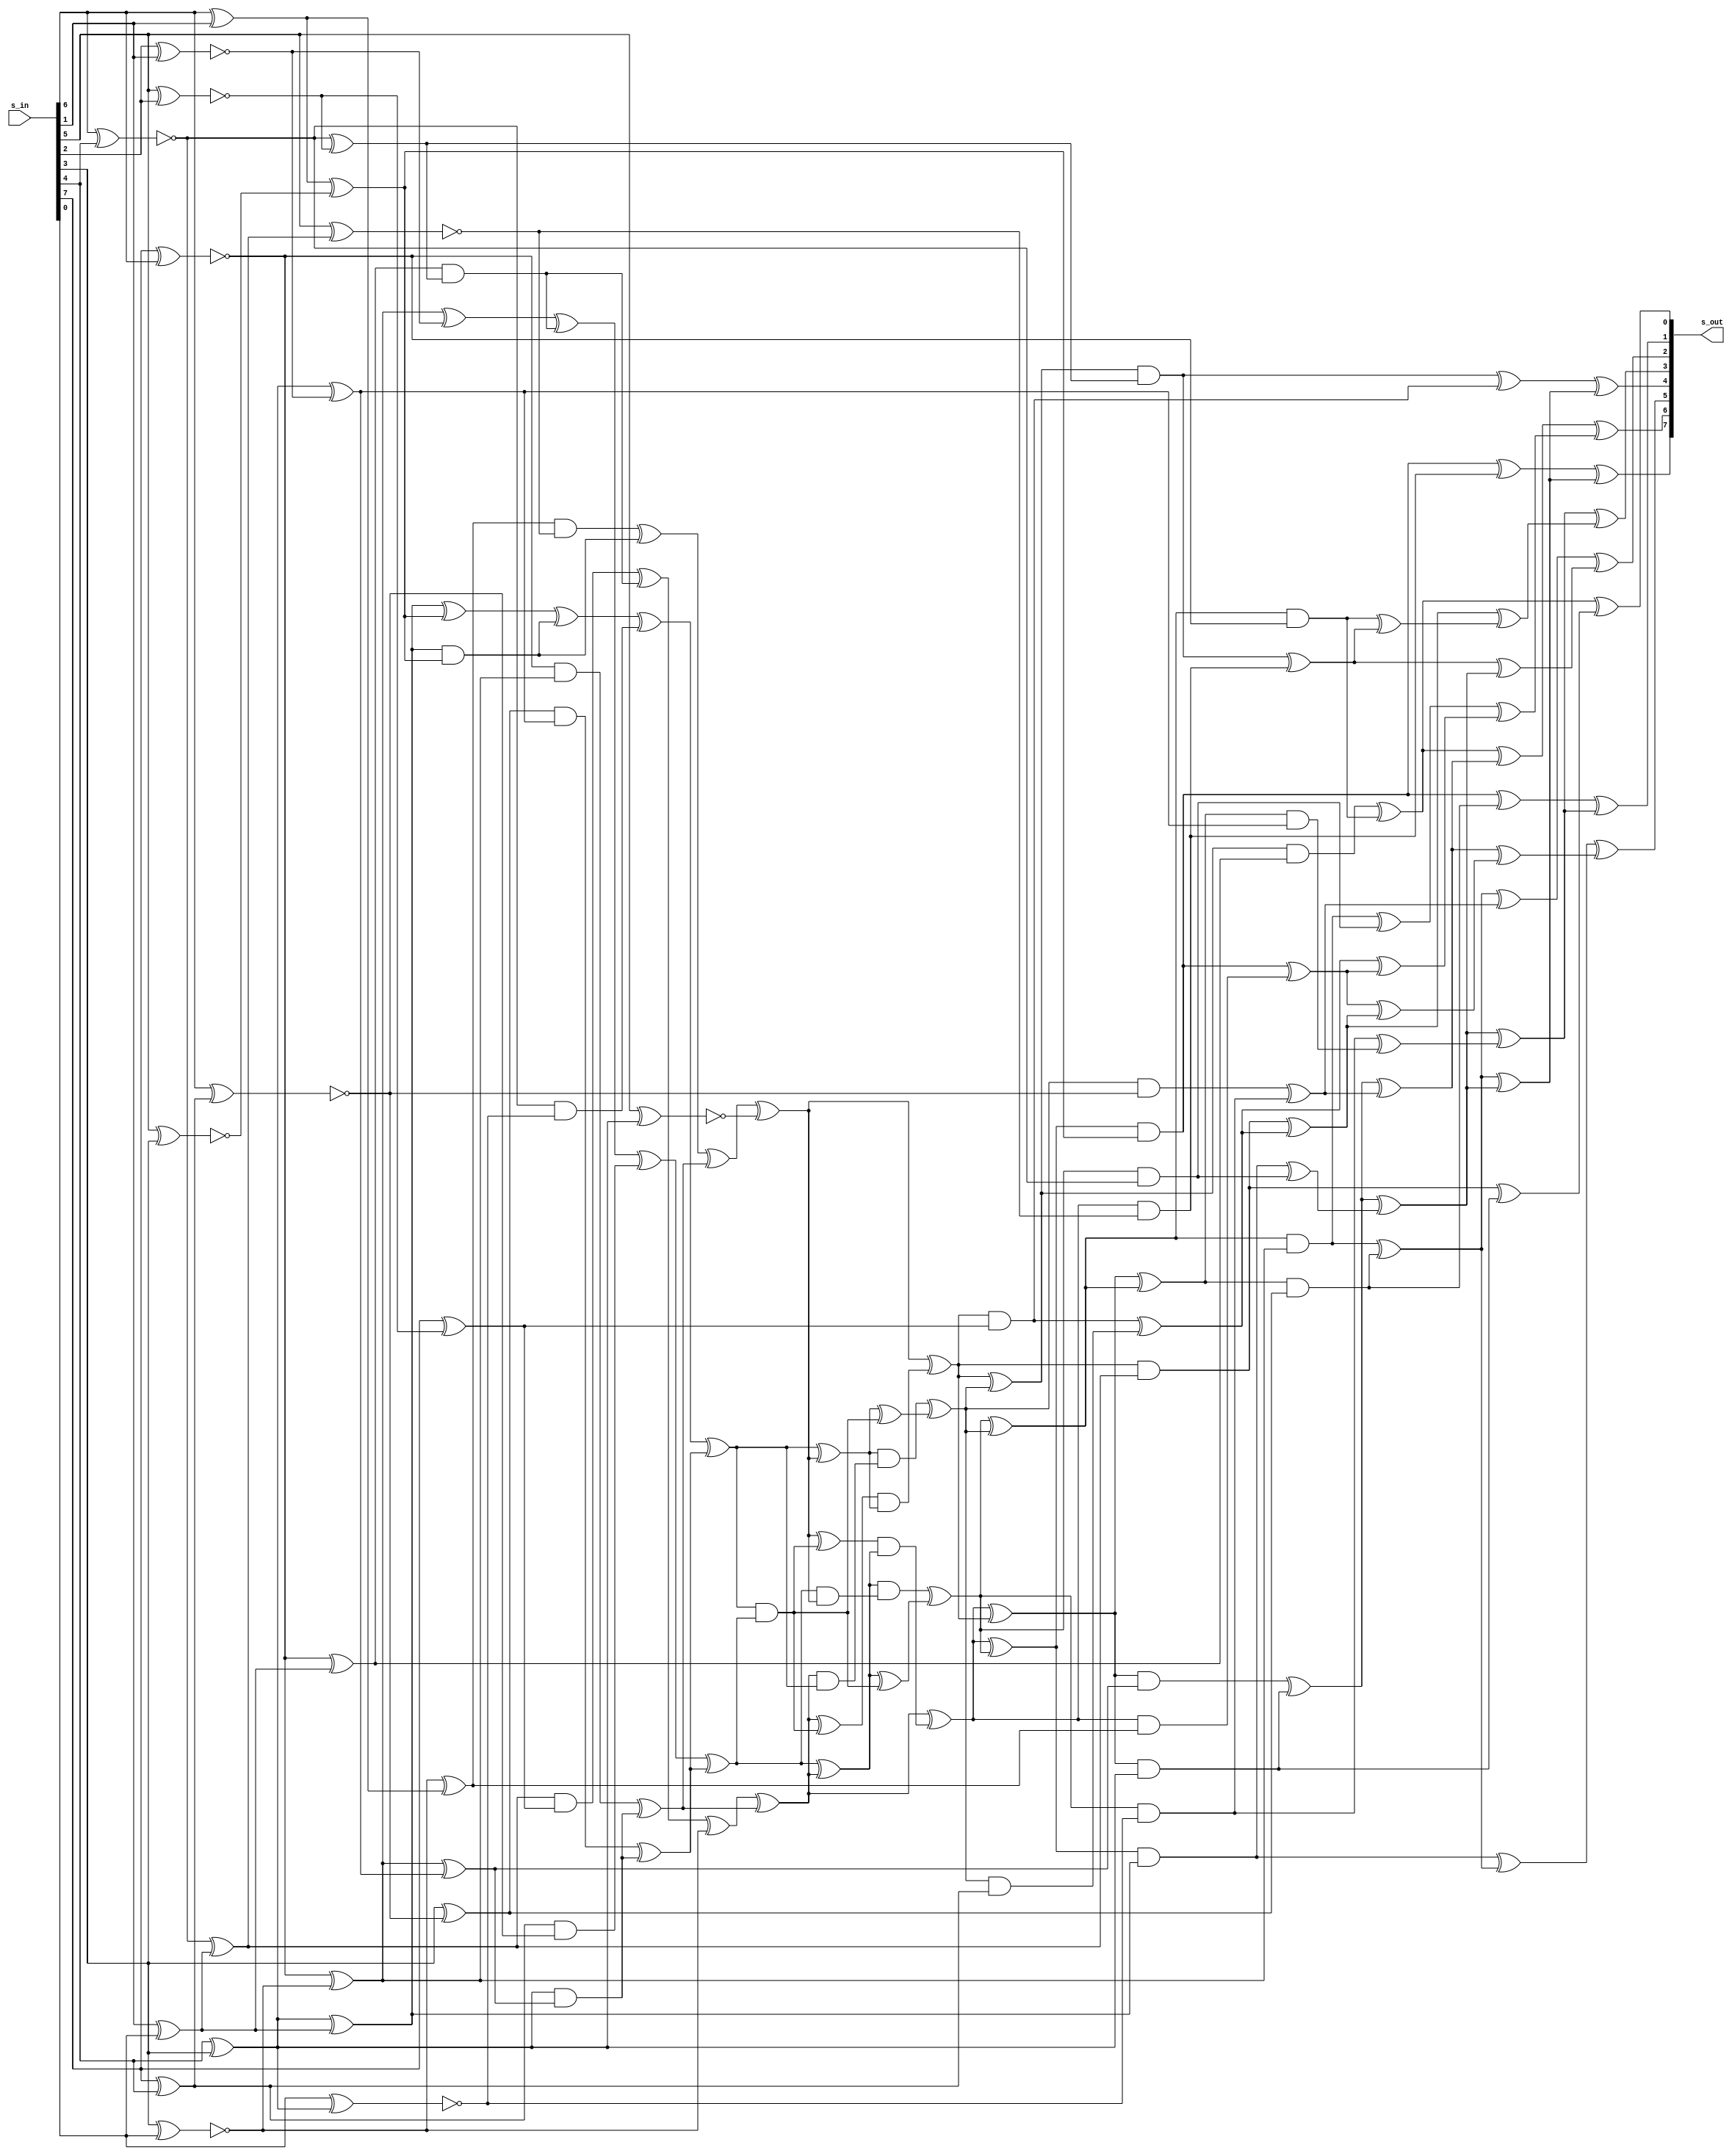
module bp_aes_sbox_inv (
input  wire [7:0] s_in,
output wire [7:0] s_out
);

wire [7:0] U;
wire [7:0] W;

genvar i;
generate for(i = 0; i < 8; i=i+1) begin
    assign U    [i] = s_in[7-i];
    assign s_out[i] = W   [7-i];
end endgenerate

wire d= y_5;

//
// Top Layer - Inverse

wire r_13 =   U[1] ^ U[6]   ;
wire r_17 = ~(U[2] ^ U[5] ) ;
wire r_18 = ~(U[5] ^ U[6] ) ;
wire r_19 = ~(U[2] ^ U[4] ) ;
wire t_1  =   U[3] ^ U[4]   ;
wire t_2  = ~(U[0] ^ U[1] ) ;
wire t_3  =   t_1  ^ r_5    ;
wire t_4  =   U[4] ^ t_8    ;
wire r_5  =   U[6] ^ U[7]   ;
wire t_6  =   t_22 ^ r_17   ;
wire t_8  = ~(U[1] ^ t_23 ) ;
wire t_9  = ~(U[7] ^ t_1  ) ;
wire t_10 =   t_2  ^ t_24   ;
wire t_13 =   t_2  ^ r_5    ;
wire t_14 =   t_10 ^ r_18   ;
wire t_15 =   t_10 ^ t_27   ;
wire t_16 =   r_13 ^ r_19   ;
wire t_17 = ~(U[2] ^ t_19 ) ;
wire t_19 =   t_22 ^ r_5    ;
wire t_20 =   t_24 ^ r_13   ;
wire t_22 = ~(U[1] ^ U[3] ) ;
wire t_23 =   U[0] ^ U[3]   ;
wire t_24 = ~(U[4] ^ U[7] ) ;
wire t_25 = ~(U[2] ^ t_1  ) ;
wire t_26 =   t_3  ^ t_16   ;
wire t_27 =   t_1  ^ r_18   ;
wire y_5  =   U[0] ^ r_17   ;

//
// Middle Layer - Shared

wire m_1   = t_13  & t_6  ;
wire m_2   = t_23  & t_8  ;
wire m_3   = t_14  ^ m_1  ;
wire m_4   = t_19  & d    ;
wire m_5   = m_4   ^ m_1  ;
wire m_6   = t_3   & t_16 ;
wire m_7   = t_22  & t_9  ;
wire m_8   = t_26  ^ m_6  ;
wire m_9   = t_20  & t_17 ;
wire m_10  = m_9   ^ m_6  ;
wire m_11  = t_1   & t_15 ;
wire m_12  = t_4   & t_27 ;
wire m_13  = m_12  ^ m_11 ;
wire m_14  = t_2   & t_10 ;
wire m_15  = m_14  ^ m_11 ;
wire m_16  = m_3   ^ m_2  ;
wire m_17  = m_5   ^ t_24 ;
wire m_18  = m_8   ^ m_7  ;
wire m_19  = m_10  ^ m_15 ;
wire m_20  = m_16  ^ m_13 ;
wire m_21  = m_17  ^ m_15 ;
wire m_22  = m_18  ^ m_13 ;
wire m_23  = m_19  ^ t_25 ;
wire m_24  = m_22  ^ m_23 ;
wire m_25  = m_22  & m_20 ;
wire m_26  = m_21  ^ m_25 ;
wire m_27  = m_20  ^ m_21 ;
wire m_28  = m_23  ^ m_25 ;
wire m_29  = m_28  & m_27 ;
wire m_30  = m_26  & m_24 ;
wire m_31  = m_20  & m_23 ;
wire m_32  = m_27  & m_31 ;
wire m_33  = m_27  ^ m_25 ;
wire m_34  = m_21  & m_22 ;
wire m_35  = m_24  & m_34 ;
wire m_36  = m_24  ^ m_25 ;
wire m_37  = m_21  ^ m_29 ;
wire m_38  = m_32  ^ m_33 ;
wire m_39  = m_23  ^ m_30 ;
wire m_40  = m_35  ^ m_36 ;
wire m_41  = m_38  ^ m_40 ;
wire m_42  = m_37  ^ m_39 ;
wire m_43  = m_37  ^ m_38 ;
wire m_44  = m_39  ^ m_40 ;
wire m_45  = m_42  ^ m_41 ;
wire m_46  = m_44  & t_6  ;
wire m_47  = m_40  & t_8  ;
wire m_48  = m_39  & d    ;
wire m_49  = m_43  & t_16 ;
wire m_50  = m_38  & t_9  ;
wire m_51  = m_37  & t_17 ;
wire m_52  = m_42  & t_15 ;
wire m_53  = m_45  & t_27 ;
wire m_54  = m_41  & t_10 ;
wire m_55  = m_44  & t_13 ;
wire m_56  = m_40  & t_23 ;
wire m_57  = m_39  & t_19 ;
wire m_58  = m_43  & t_3  ;
wire m_59  = m_38  & t_22 ;
wire m_60  = m_37  & t_20 ;
wire m_61  = m_42  & t_1  ;
wire m_62  = m_45  & t_4  ;
wire m_63  = m_41  & t_2  ;

//
// Bottom Layer - Inverse

wire p_0  = m_52 ^ m_61 ;
wire p_1  = m_58 ^ m_59 ;
wire p_2  = m_54 ^ m_62 ;
wire p_3  = m_47 ^ m_50 ;
wire p_4  = m_48 ^ m_56 ;
wire p_5  = m_46 ^ m_51 ;
wire p_6  = m_49 ^ m_60 ;
wire p_7  = p_0  ^ p_1  ;
wire p_8  = m_50 ^ m_53 ;
wire p_9  = m_55 ^ m_63 ;
wire p_10 = m_57 ^ p_4  ;
wire p_11 = p_0  ^ p_3  ;
wire p_12 = m_46 ^ m_48 ;
wire p_13 = m_49 ^ m_51 ;
wire p_14 = m_49 ^ m_62 ;
wire p_15 = m_54 ^ m_59 ;
wire p_16 = m_57 ^ m_61 ;
wire p_17 = m_58 ^ p_2  ;
wire p_18 = m_63 ^ p_5  ;
wire p_19 = p_2  ^ p_3  ;
wire p_20 = p_4  ^ p_6  ;
wire p_22 = p_2  ^ p_7  ;
wire p_23 = p_7  ^ p_8  ;
wire p_24 = p_5  ^ p_7  ;
wire p_25 = p_6  ^ p_10 ;
wire p_26 = p_9  ^ p_11 ;
wire p_27 = p_10 ^ p_18 ;
wire p_28 = p_11 ^ p_25 ;
wire p_29 = p_15 ^ p_20 ;

assign W[0] = p_13 ^ p_22;
assign W[1] = p_26 ^ p_29;
assign W[2] = p_17 ^ p_28;
assign W[3] = p_12 ^ p_22;
assign W[4] = p_23 ^ p_27;
assign W[5] = p_19 ^ p_24;
assign W[6] = p_14 ^ p_23;
assign W[7] = p_9  ^ p_16;

endmodule